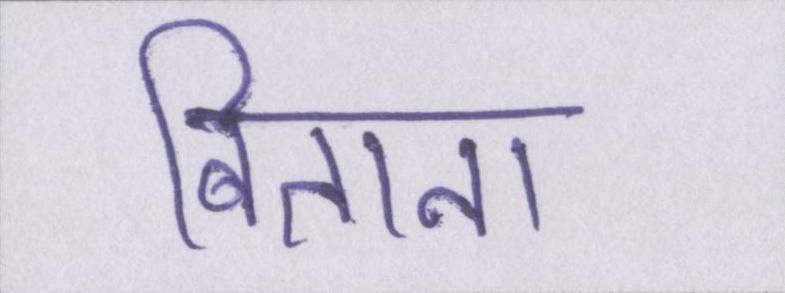
बिताना